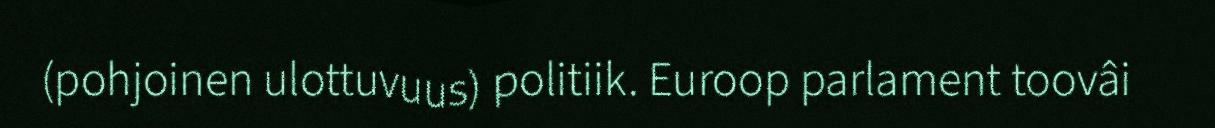
(pohjoinen ulottuvuus) politiik. Euroop parlament toovâi